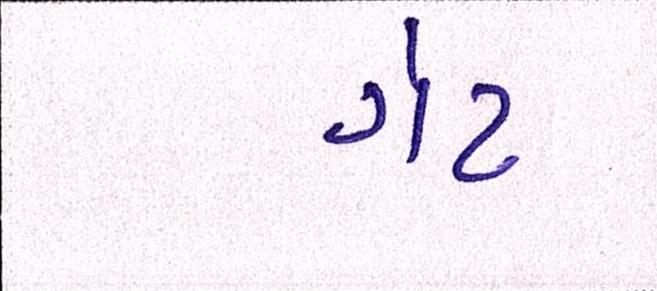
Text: ગેટ